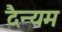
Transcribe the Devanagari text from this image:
दैन्यम